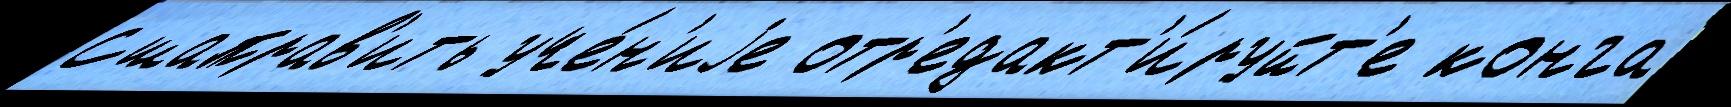
Сшаправ'ить уче́н'иjе отр'едакт'и́руйт'е конга